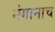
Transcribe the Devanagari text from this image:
नंगानाच